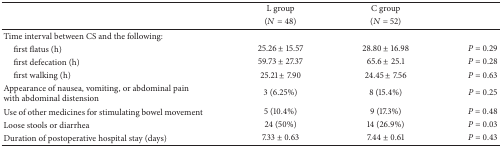
<table><thead><tr><td><b> </b></td><td><b>L group </b></td><td><b>C group </b></td><td><b> </b></td></tr><tr><td><b> </b></td><td><b>(<i>N</i> = 48)</b></td><td><b>(<i>N</i> = 52)</b></td><td><b> </b></td></tr></thead><tbody><tr><td>Time interval between CS and the following:</td><td> </td><td> </td><td> </td></tr><tr><td> first flatus (h)</td><td>25.26 ± 15.57</td><td>28.80 ± 16.98</td><td><i>P</i> = 0.29</td></tr><tr><td> first defecation (h)</td><td>59.73 ± 27.37</td><td>65.6 ± 25.1</td><td><i>P</i> = 0.28</td></tr><tr><td> first walking (h)</td><td>25.21 ± 7.90</td><td>24.45 ± 7.56</td><td><i>P</i> = 0.63</td></tr><tr><td>Appearance of nausea, vomiting, or abdominal pain with abdominal distension </td><td>3 (6.25%)</td><td>8 (15.4%)</td><td><i>P</i> = 0.25</td></tr><tr><td>Use of other medicines for stimulating bowel movement </td><td>5 (10.4%)</td><td>9 (17.3%)</td><td><i>P</i> = 0.48</td></tr><tr><td>Loose stools or diarrhea </td><td>24 (50%)</td><td>14 (26.9%)</td><td><i>P</i> = 0.03</td></tr><tr><td>Duration of postoperative hospital stay (days)</td><td>7.33 ± 0.63</td><td>7.44 ± 0.61</td><td><i>P</i> = 0.43</td></tr></tbody></table>